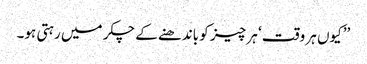
’’کیوں ہر وقت ‘ ہر چیز کو باندھنے کے چکر میں رہتی ہو۔